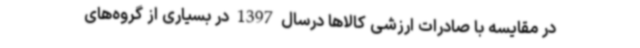
در مقایسه با صادرات ارزشی کالاها درسال 1397 در بسیاری از گروه‌های